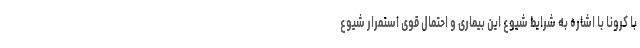
با کرونا با اشاره به شرایط شیوع این بیماری و احتمال قوی استمرار شیوع